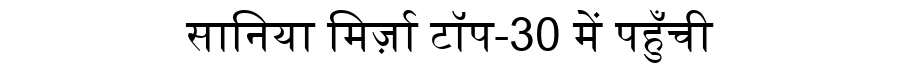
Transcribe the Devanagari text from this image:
सानिया मिर्ज़ा टॉप-30 में पहुँची